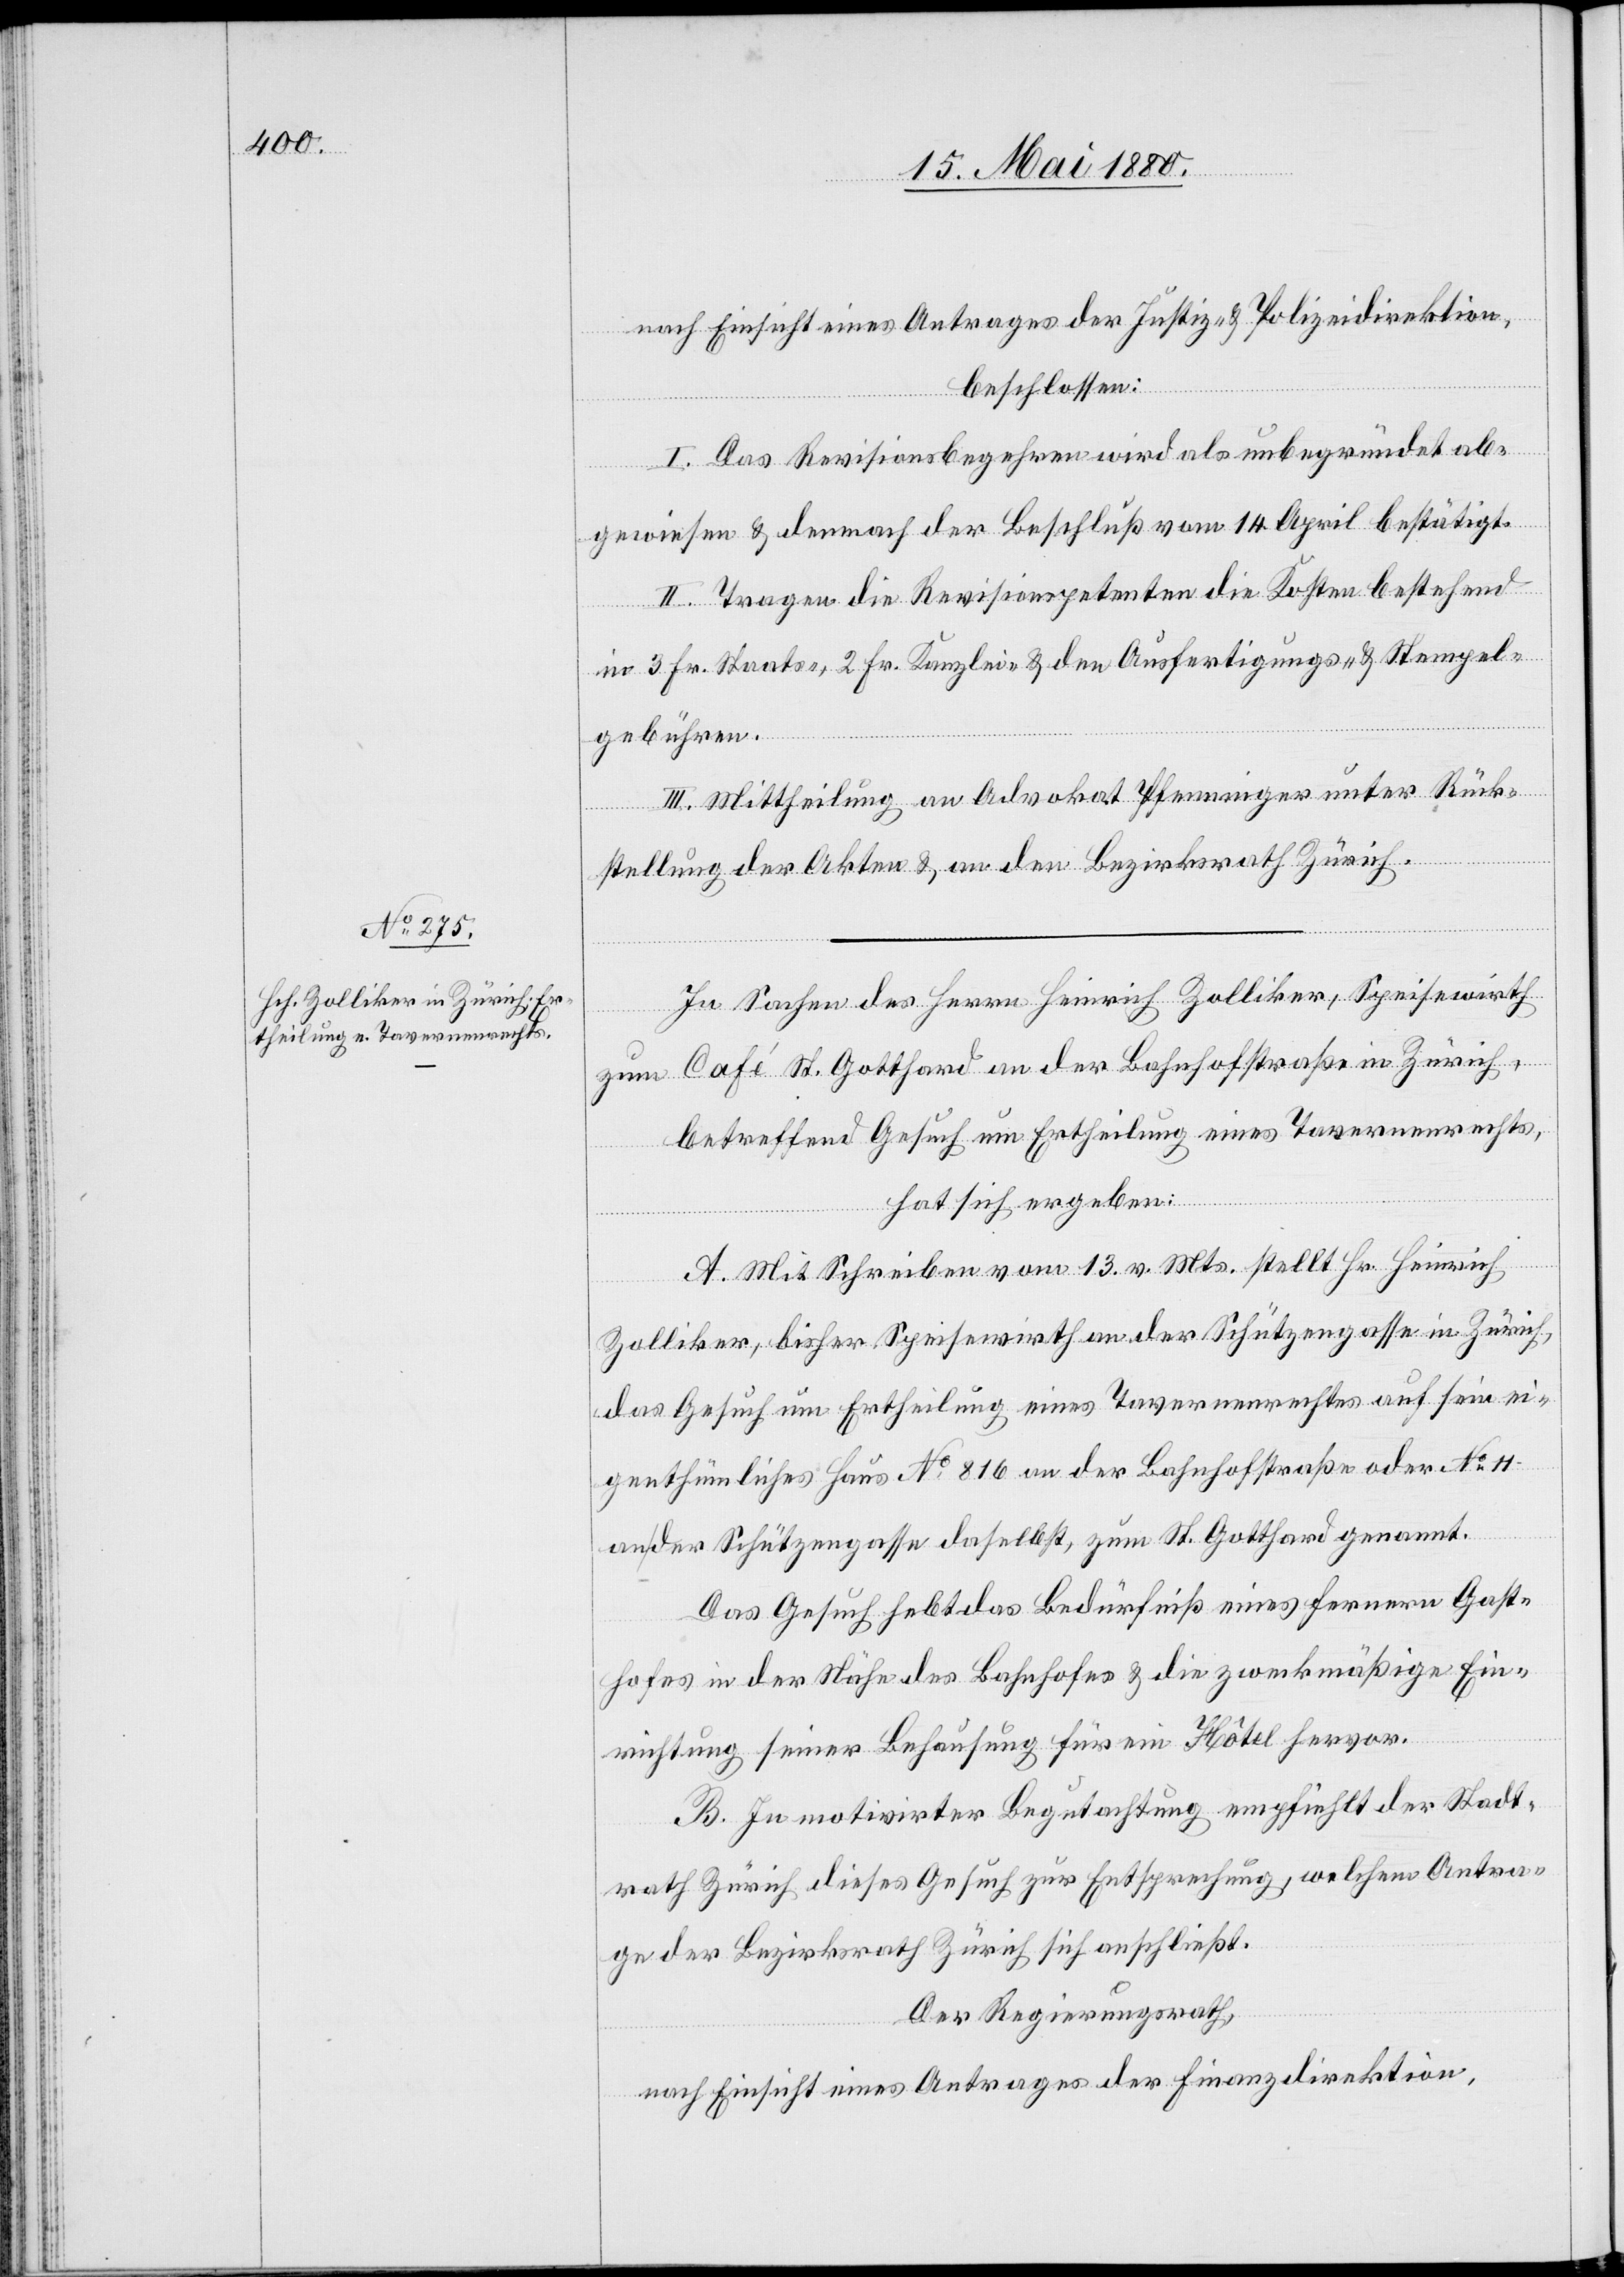
nach Einsicht eines Antrages der Justiz- & Polizeidirektion,
beschlossen:
I. Das Revisionsgesuch wird als unbegründet ab¬
gewiesen & demnach der Beschluß vom 14. April bestätigt.
II. Tragen die Revisionspetenten die Kosten bestehend
in 3 Fr. Staats-, 2 Fr. Kanzlei- & den Ausfertigungs- & Stempel¬
gebühren.
III. Mittheilung an Advokat Pfenninger unter Rück¬
stellung der Akten & an den Bezirksrath Zürich.
In Sachen des Herrn Heinrich Zolliker, Speisewirth
zum Café St. Gotthard an der Bahnhofstraße in Zürich,
betreffend Gesuch um Ertheilung eines Tavernenrechts,
hat sich ergeben:
A. Mit Schreiben vom 13. v. Mts. stellt Hr. Heinrich
Zolliker, bisher Speisewirth an der Schützengasse in Zürich,
das Gesuch um Ertheilung eines Tavernenrechtes auf sein ei¬
genthümliches Haus No 816 an der Bahnhofstraße oder No 11
an der Schützengasse daselbst, zum St. Gotthard genannt.
Das Gesuch hebt das Bedürfniß eines fernern Gast¬
hofes in der Nähe des Bahnhofes & die zweckmäßige Ein¬
richtung seiner Behausung für ein Hôtel hervor.
B. In motivirter Begutachtung empfiehlt der Stadt¬
rath Zürich dieses Gesuch zur Entsprechung, welchem Antra¬
ge der Bezirksrath sich anschließt.
Der Regierungsrath,
nach Einsicht eines Antrages der Finanzdirektion,